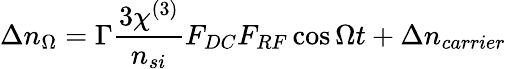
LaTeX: \Delta n_{\Omega}=\Gamma\frac{3\chi^{(3)}}{n_{si}}F_{DC}F_{RF}\cos\Omega t+\Delta n_{carrier}